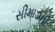
સીમાડાની